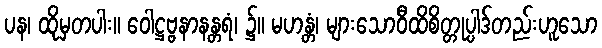
ပန၊ ထိုမှတပါး။ ဝေါဋ္ဌဗ္ဗနာနန္တရံ၊ ၌။ မဟန္တံ၊ များသောဝီထိစိတ္တုပ္ပါဒ်တည်းဟူသော